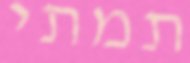
תמתי